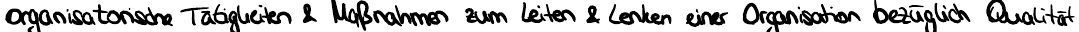
organisatorische Tätigkeiten & Maßnahmen zum Leiten & Lenken einer Organisation bezügliche Qualität